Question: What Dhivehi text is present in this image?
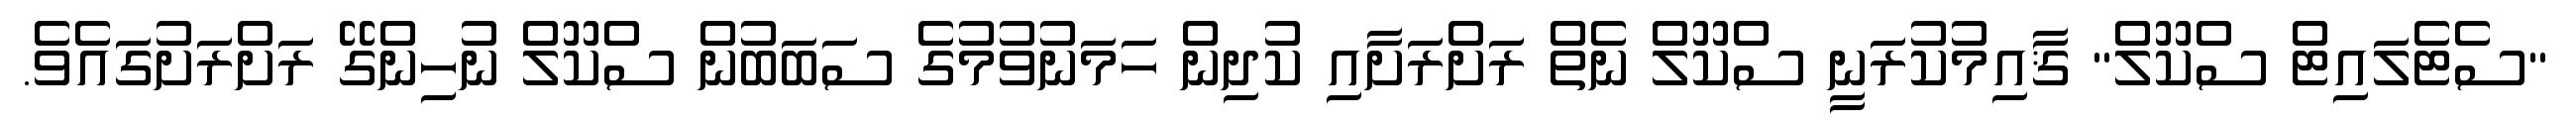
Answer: "ސެޓެލައިޓް ސްކޫލް" ޤާއިމުކުރަނީ ސްކޫލް ނެތް ރަށްރަށާއި ކުދިން ހަމަނުވުމުގެ ސަބަބުން ސްކޫލް ނުހިންގޭ ރަށްރަށުގައެވެ.